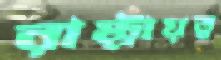
রাষ্ট্রায়ত্ব